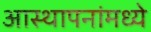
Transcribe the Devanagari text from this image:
आस्‍थापनांमध्‍ये